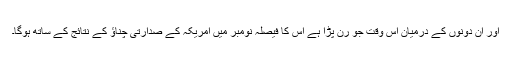
اور ان دونوں کے درمیان اس وقت جو رن پڑا ہے اس کا فیصلہ نومبر میں امریکہ کے صدارتی چناؤ کے نتائج کے ساتھ ہوگا۔